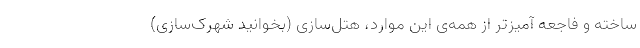
ساخته و فاجعه آمیزتر از همه‌ی این موارد، هتل‌سازی (بخوانید شهرک‌سازی)